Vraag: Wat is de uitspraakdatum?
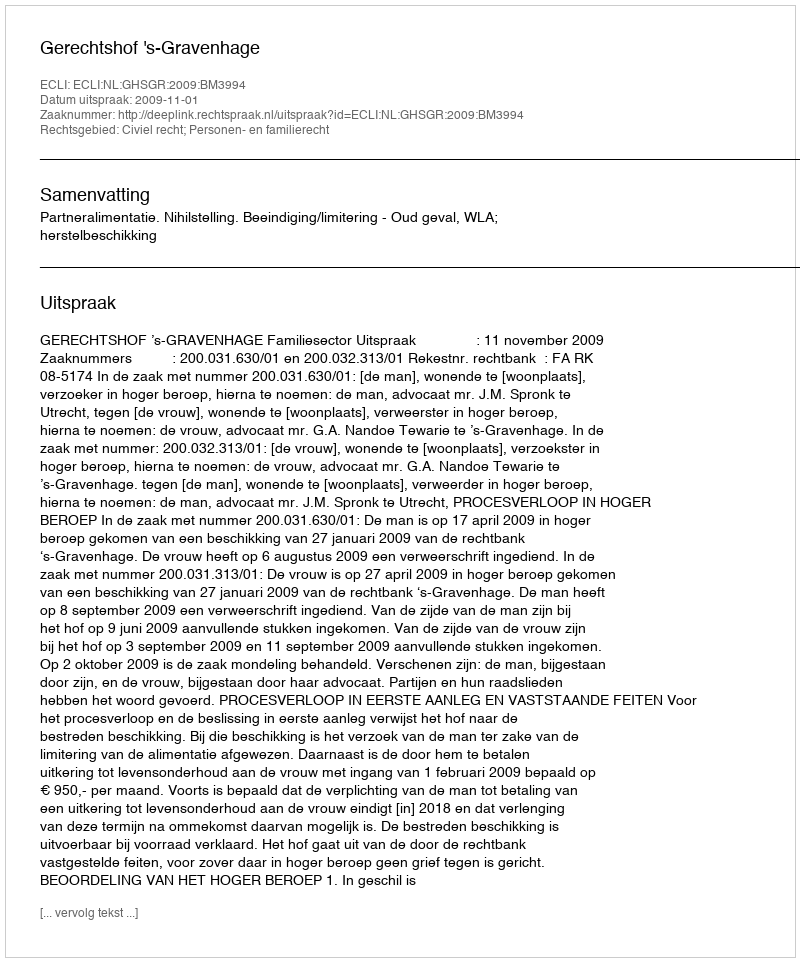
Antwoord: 2009-11-01